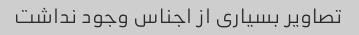
تصاویر بسیاری از اجناس وجود نداشت